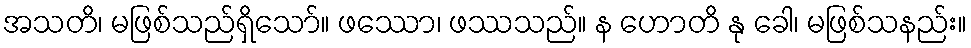
အသတိ၊ မဖြစ်သည်ရှိသော်။ ဖဿော၊ ဖဿသည်။ န ဟောတိ နု ခေါ၊ မဖြစ်သနည်း။